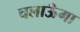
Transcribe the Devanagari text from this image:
चलाऊँगा